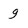
Character: g